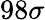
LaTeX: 98\sigma